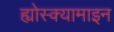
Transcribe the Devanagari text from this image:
ह्योस्क्यामाइन